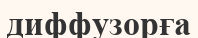
диффузорға